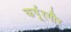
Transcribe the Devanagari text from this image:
कर्पूरगौर